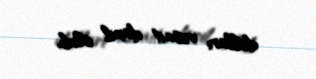
dolları vəsait daxil olub.